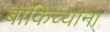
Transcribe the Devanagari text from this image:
बाकिच्याना